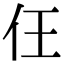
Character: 仼